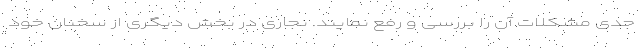
جدی مشکلات آن را بررسی و رفع نمایند. نجاری در بخش دیگری از سخنان خود